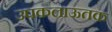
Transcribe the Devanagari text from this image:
उपकलाऊतक